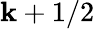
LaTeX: \mathbf{k}+1/2